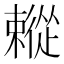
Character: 𢖗